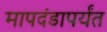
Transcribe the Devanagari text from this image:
मापदंडापर्यंत